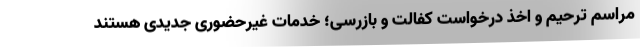
مراسم ترحیم و اخذ درخواست کفالت و بازرسی؛ خدمات غیرحضوری جدیدی هستند